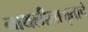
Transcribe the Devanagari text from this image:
नाथलीलामृताचे